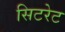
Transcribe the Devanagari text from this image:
सिटरेट